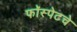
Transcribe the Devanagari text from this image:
फॉस्पेटचे